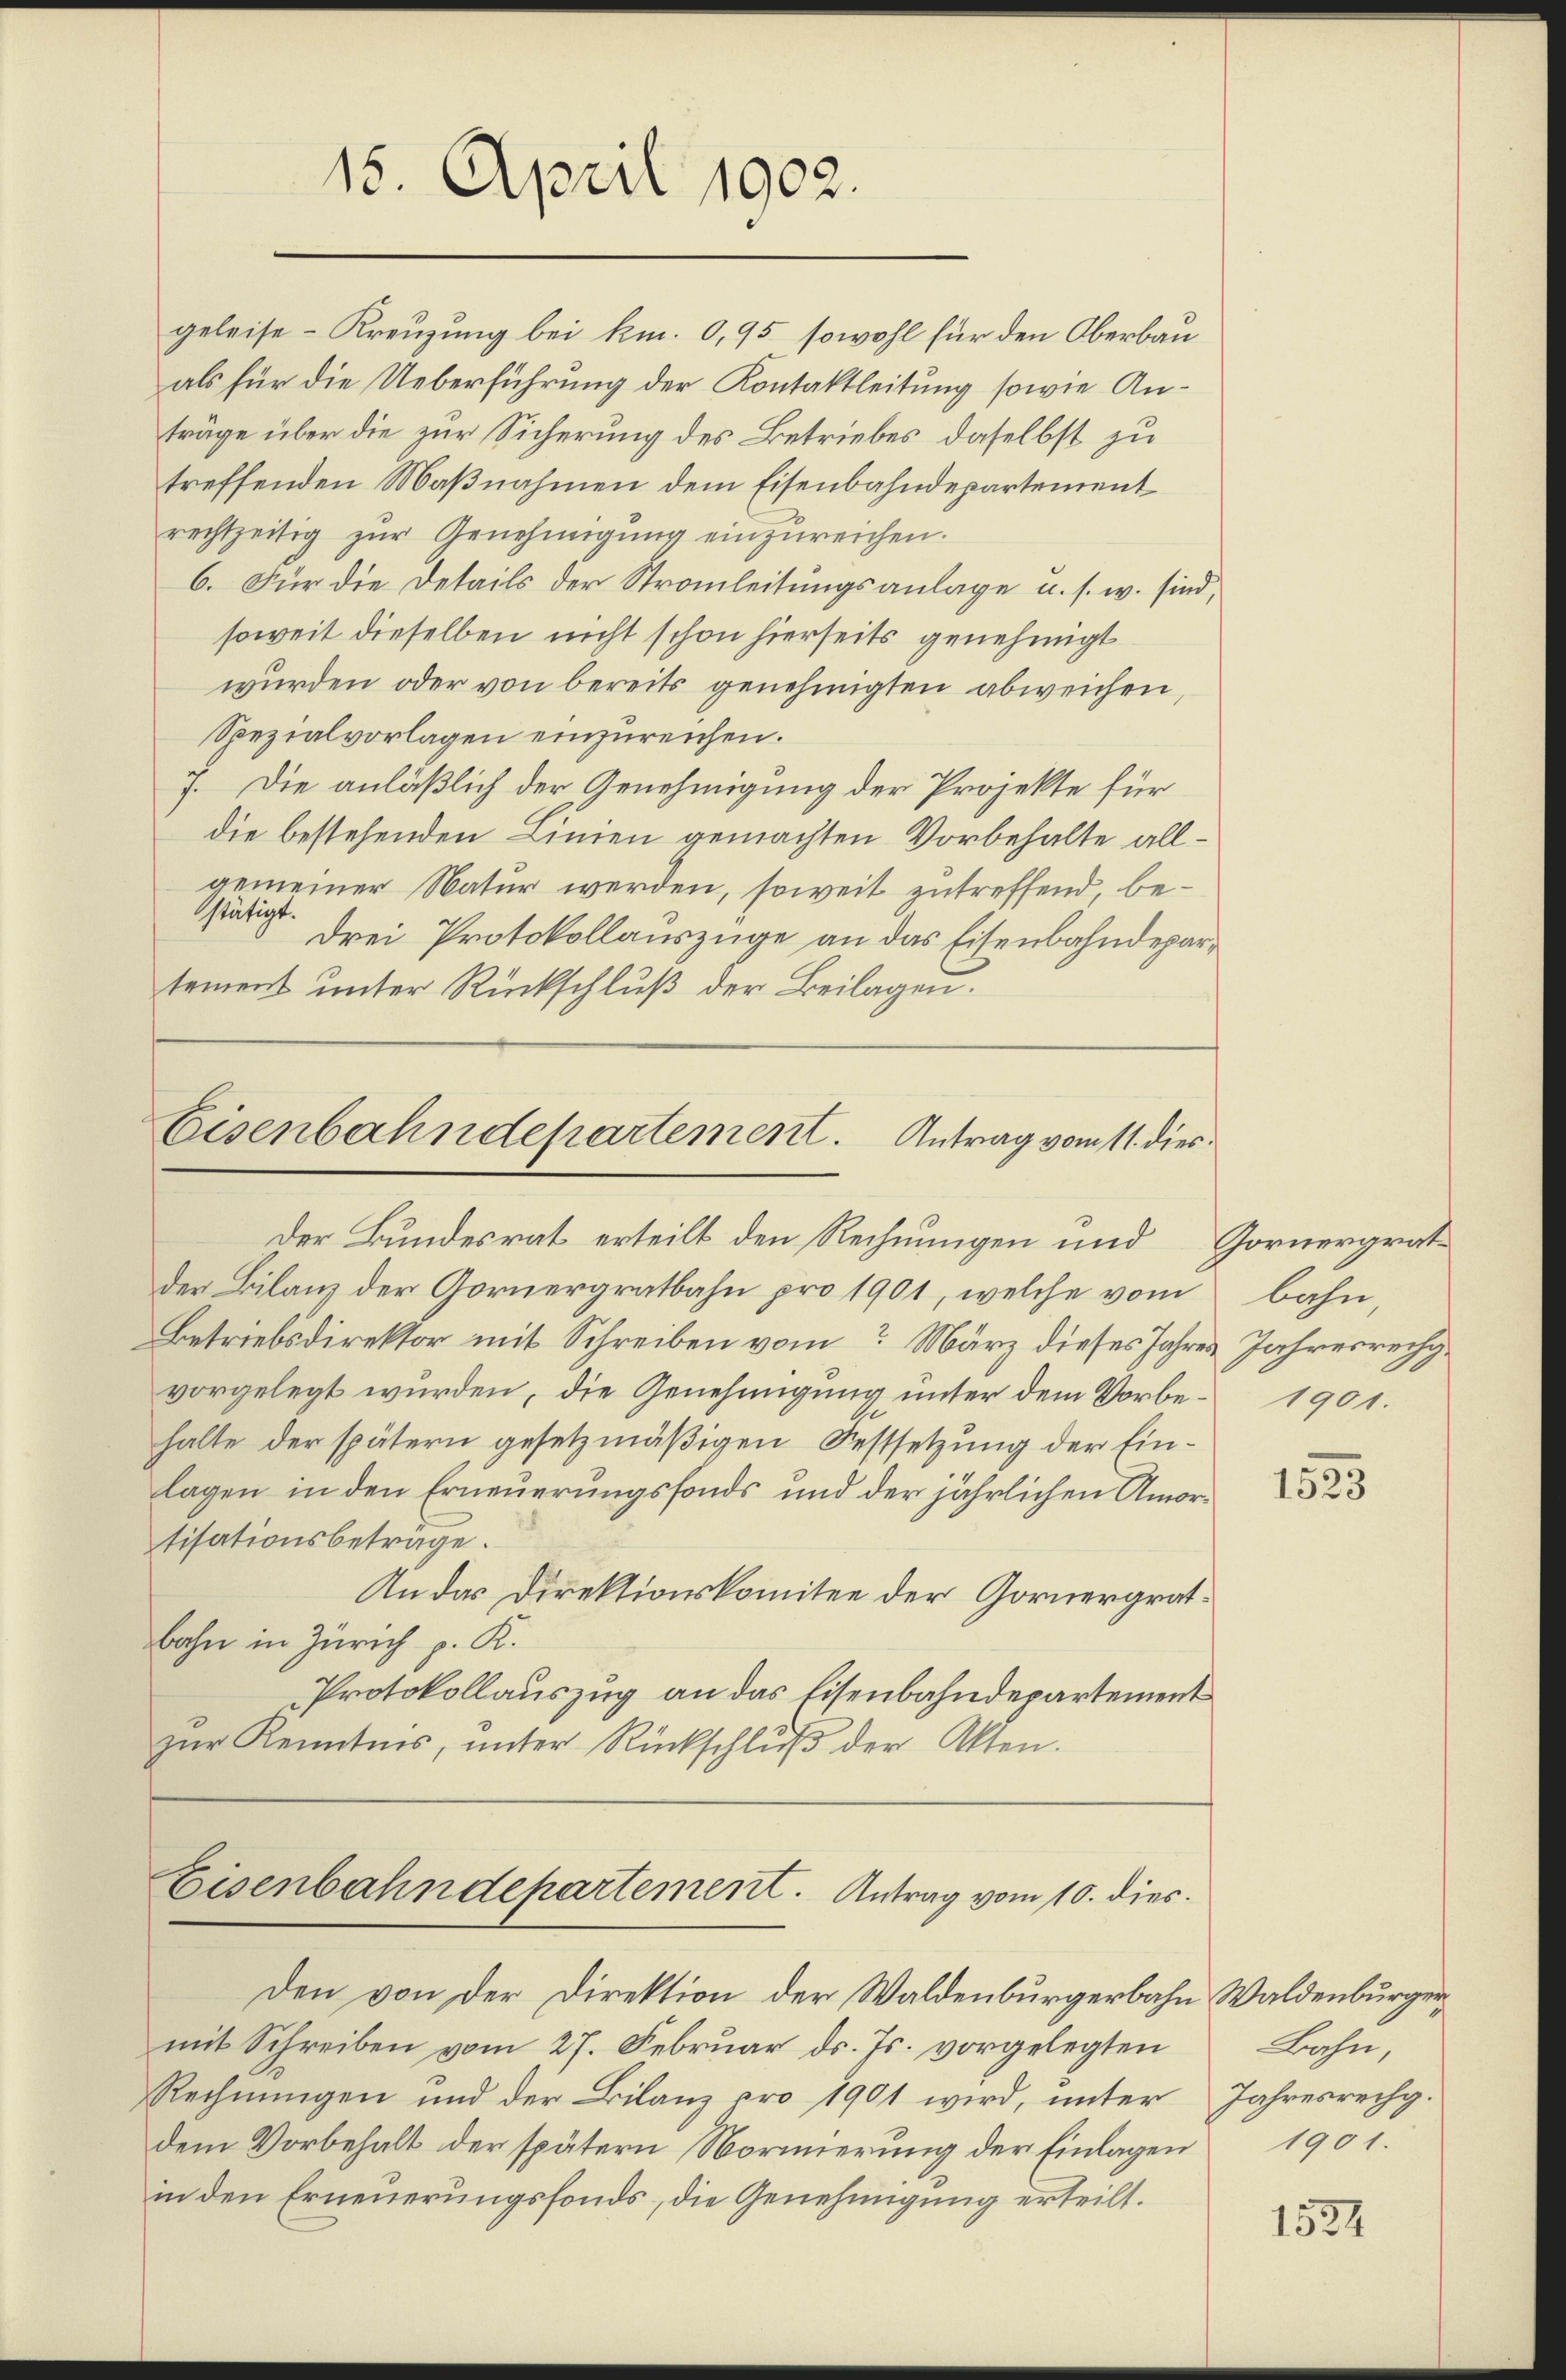
15. April 1902.

geleise-Kreuzung bei km. 0,95 sowohl für den Oberbau
als für die Ueberführung der Kontaktleitung sowie Anträge über die zur Sicherung des Betriebes, daselbst zu
treffenden Maßnahmen dem Eisenbahndepartement
rechtzeitig zur Genehmigung einzureichen.
6. Für die Details der Stromleitungsanlage u. s. w. sind,
soweit dieselben nicht schon hierseits genehmigt
wurden oder von bereits genehmigten abweichen,
Spezialvorlagen einzureichen.
7. Die anläßlich der Genehmigung der Projekte für
die bestehenden Linien gemachten Vorbehalte allgemeiner Natur werden, soweit zutreffend, bestätigt.
Drei Protokollauszüge an das Eisenbahndepartement unter Rückschluß der Beilagen.

Eisenbahndepartement. Antrag vom 11. dies
Der Bundesrat erteilt den Rechnungen und Gornergrat¬

der Bilanz der Gornergratbahn pro 1901, welche vom
Betriebsdirektor mit Schreiben vom März dieses Jahres Jahresrechvorgelegt wurden, die Genehmigung unter dem Vorbe- 1901.
halte der spätern gesetzmäßigen Festsetzung der Einlagen in den Erneuerungsfonds und der jährlichen Amortisationsbeträge.
An der Direktionskomitee der Gornergratbahn in Zürich p. K.
Protokollauszug an das Eisenbahndepartement
zur Kenntnis, unter Rückschlŭβ der Akten.

Eisenbahndepartement. Antrag vom 10. dies
Den von der Direktion der Waldenburgerbahn Waldenburger¬

mit Schreiben vom 27. Februar ds. Js. vorgelegten
Rechnungen und der Bilanz pro 1901 wird, unter Jahresrechg.
dem Vorbehalt der spätern Normierung der Einlagen
in den Erneuerungsfonds, die Genehmigung erteilt.

bahn

1523

Bahn,
1901.

1534